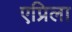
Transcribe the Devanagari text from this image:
एप्रिला